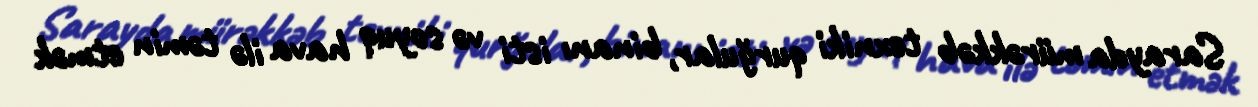
Sarayda mürəkkəb texniki qurğular, binanı isti və soyuq hava ilə təmin etmək